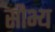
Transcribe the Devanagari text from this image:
सौभ्य